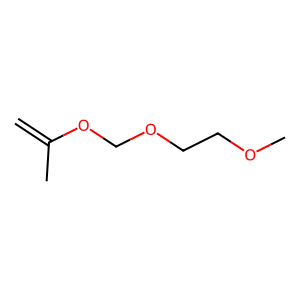
SMILES: C=C(C)OCOCCOC
Inhibits HIV replication: No